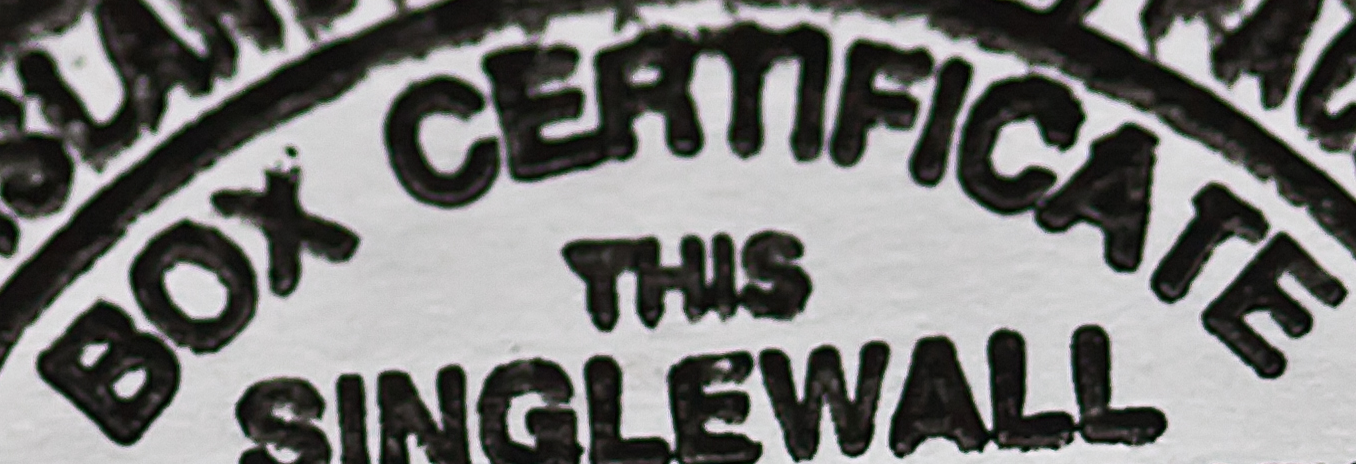
BOX CERnFICATE